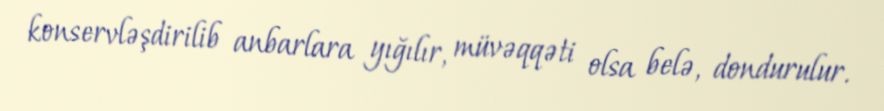
konservləşdirilib anbarlara yığılır, müvəqqəti olsa belə, dondurulur.